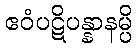
ဧဝံပဋိပန္နာနမ္ပိ